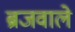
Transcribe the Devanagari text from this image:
ब्रजवाले